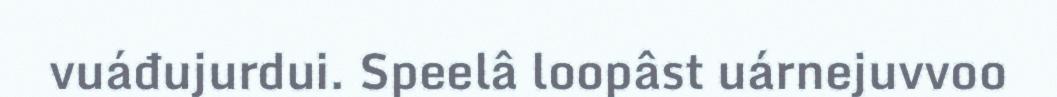
vuáđujurdui. Speelâ loopâst uárnejuvvoo